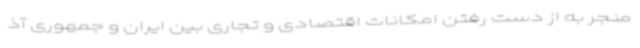
منجر به از دست رفتن امکانات اقتصادی و تجاری بین ایران و جمهوری آذ